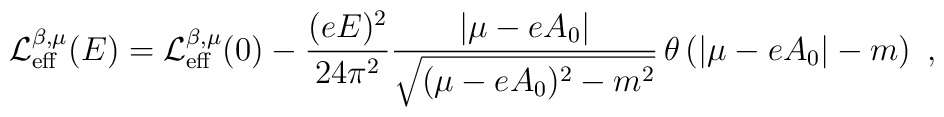
{\cal L}^{\beta,\mu}_{\rm eff}(E) =        {\cal L}^{\beta,\mu}_{\rm eff}(0)-        \frac{(eE)^2}{24\pi^2}        \frac{|\mu - eA_{0}|}{\sqrt{(\mu - eA_{0})^2 - m^2}}        \,\theta \left( |\mu - eA_{0}| - m \right) \ ,